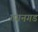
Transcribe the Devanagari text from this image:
गगनगड